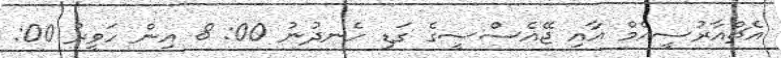
އެޗްއާރުސީއެމް އާއި ޖޭއެސްސީގެ ގަޑި ހެނދުނު 00: 8 އިން ހަވީރު 00: